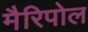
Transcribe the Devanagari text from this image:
मैरिपोल